Annual report of the Imperial Bacteriological Laboratory, Muktesar
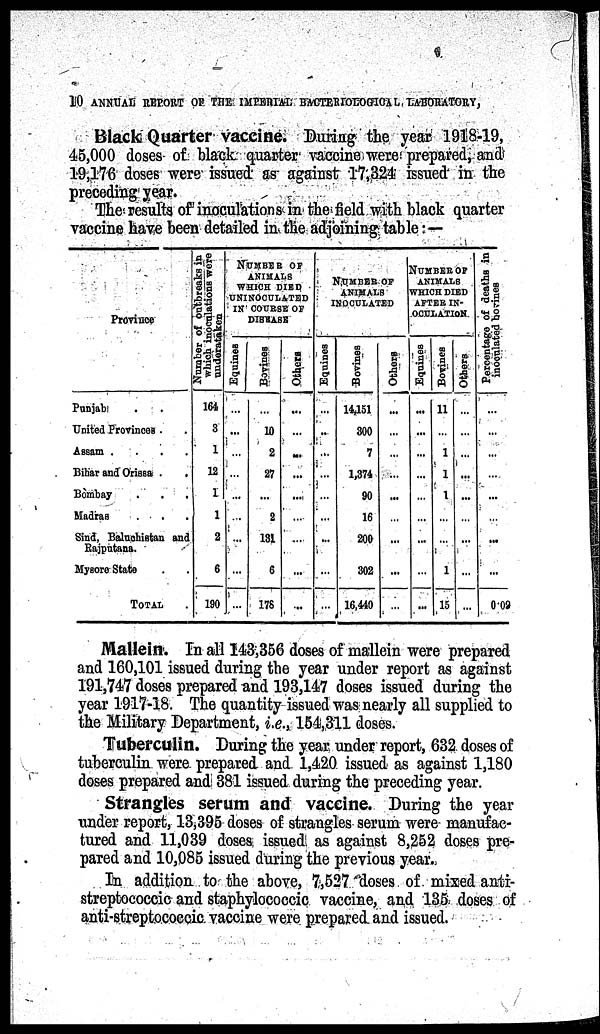
10 ANNUAL REPORT OF THE IMPERIAL BACTERIOLOGICAL LABORATORY,
Black Quarter vaccine. During the year 1918-19,
45,000 doses of black quarter vaccine were prepared, and
19,176 doses were issued as against 17,324 issued in the
preceding year.
The results of inoculations in the field with black quarter
vaccine have been detailed in the adjoining table —
Province
Punjab
United Provinces .
Assam .
.
.
.
Bihar and Orissa .
Bombay
.
.
.
Madras
Sind, Baluchistan and
Rajputana.
Mysore State
TOTAL
Number of outbreaks in
which inoculations were
undertaken
164
3
1
12
1
1
2
6
190
NUMBER OF
ANIMALS
WHICH DIED
UNINOCULATED
IN COURSE OF
DISEASE
Equines
...
...
...
...
...
...
...
...
Bovines
...
10
2
27
...
2
131
6
178
Others
...
...
...
...
...
...
...
...
NUMBER OF
ANIMALS
INOCULATED
Equines
...
..
...
...
...
...
...
...
Bovines
14,151
300
7
1,374
90
16
200
302
16,440
Others
...
...
...
...
...
...
NUMBER OF
ANIMALS
WHICH DIED
AFTER IN-
OCULATION
Equines
...
...
...
...
...
...
...
...
Bovines
11
1
1
1
...
...
1
15
Others
...
...
...
...
...
...
...
...
Percentage of deaths in
inoculated
bovines
..
...
...
...
...
...
0.09
Mallein. In all 143,356 doses of mallein were prepared
and 160,101 issued during the year under report as against
191,747 doses prepared and 193,147 doses issued during the
year 1917-18. The quantity issued was nearly all supplied to
the Military Department, i.e., 154,311 doses.
Tuberculin. During the year under report, 632 doses of
tuberculin were prepared and 1,420 issued as against 1,180
doses prepared and 381 issued during the preceding year.
Strangles serum and vaccine. During the year
under report, 13,395 doses of strangles serum were manufac-
tured and 11,039 doses issued as against 8,252 doses pre-
pared and 10,085 issued during the previous year.
In addition to the above, 7,527 doses of mixed anti-
streptococcic and staphylococcic vaccine, and 135 doses of
anti-streptococcic vaccine were prepared and issued.